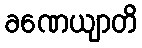
ခဏေယျာတိ